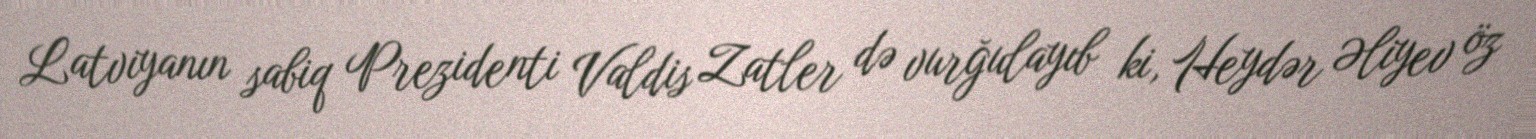
Latviyanın sabiq Prezidenti Valdis Zatler də vurğulayıb ki, Heydər Əliyev öz